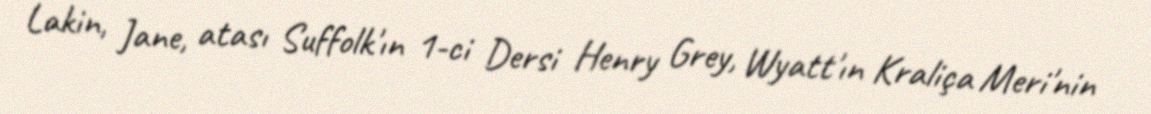
Lakin, Jane, atası Suffolk'ın 1-ci Dersi Henry Grey, Wyatt'ın Kraliça Meri'nin